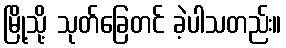
မြို့သို့ သုတ်ခြေတင် ခဲ့ပါသတည်း။